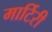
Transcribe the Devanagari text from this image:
मार्टिरी